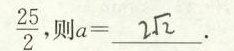
为\frac{25}{2}，则$$a = ##2 \sqrt { 2 }## .